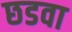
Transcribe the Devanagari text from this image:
छडवा